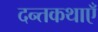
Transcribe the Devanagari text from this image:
दन्तकथाएँ